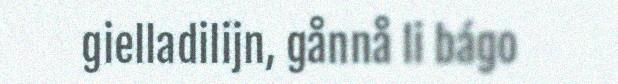
gielladilijn, gånnå li bágo